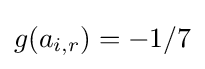
{\textstyle g(a_{i,r})=-1/7}